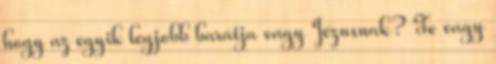
hogy az egyik legjobb barátja vagy Jézusnak? Te vagy